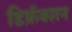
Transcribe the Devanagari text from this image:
डिफ्रॅक्शन